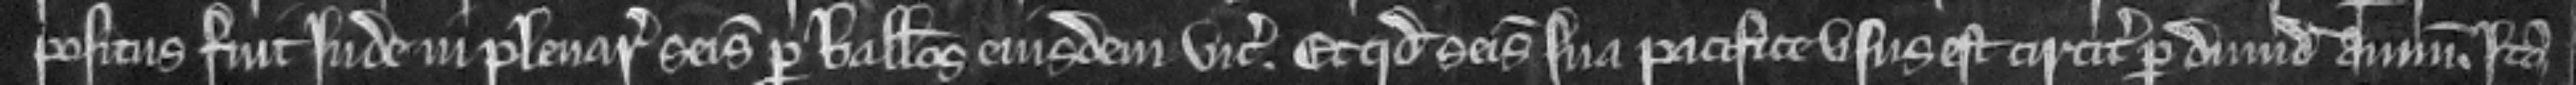
positus fuit Inde in plenaria seisina per balliuos eiusdem vicecomitis. Et quod seisina sua pacifice vsus est circiter per dimidiam annum. Ita